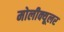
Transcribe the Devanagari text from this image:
मोलीक्यूलर